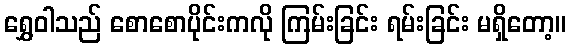
ရွှေဝါသည် စောစောပိုင်းကလို ကြမ်းခြင်း ရမ်းခြင်း မရှိတော့။